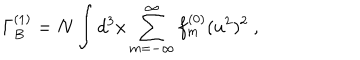
\Gamma _ { B } ^ { ( 1 ) } = N \int d ^ { 3 } x \sum _ { m = - \infty } ^ { \infty } f _ { m } ^ { ( 0 ) } ( u ^ { 2 } ) ^ { 2 } \ ,